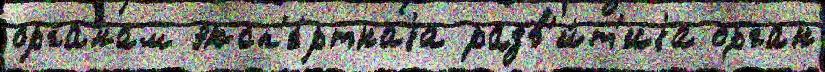
органам эксп'е́ртнаjа разв'и́т'иjа орган